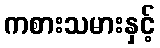
ကစားသမားနှင့်